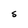
Character: S